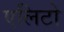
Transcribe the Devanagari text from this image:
एलिटो